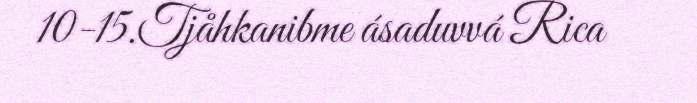
10-15.Tjåhkanibme ásaduvvá Rica